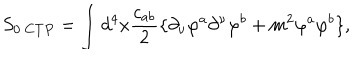
S _ { 0 \ C T P } = \int d ^ { 4 } x \frac { c _ { a b } } { 2 } \{ \partial _ { \nu } \varphi ^ { a } \partial ^ { \nu } \varphi ^ { b } + m ^ { 2 } \varphi ^ { a } \varphi ^ { b } \} ,